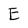
Character: E